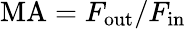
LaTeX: \mathrm{MA}=F_{\mathrm{out}}/F_{\mathrm{in}}